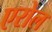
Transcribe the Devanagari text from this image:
एरोल